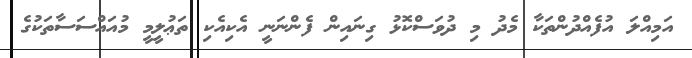
އަމިއްލަ އުފެއްދުންތަކާ މެދު މި ދުވަސްކޮޅު ގިނައިން ފެންނަނީ އެކިއެކި ތަޢުލީމީ މުއައްސަސާތަކުގެ